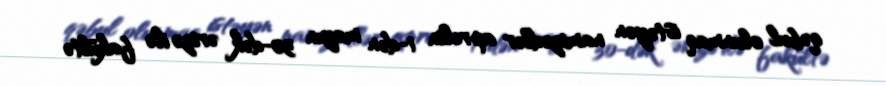
qəbul olunmaq istəyən namizədlər aprelin 1-dən mayın 30-dək ərizə ilə fakültə